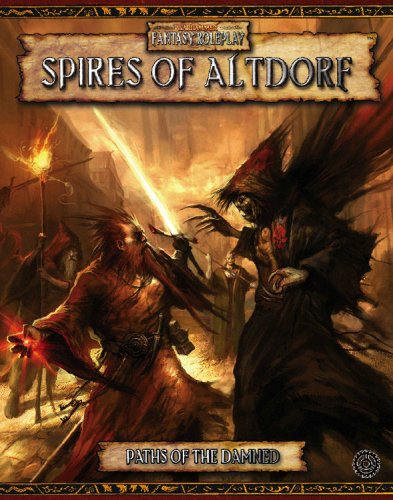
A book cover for Paths of the Damned: Spires of Altdorf (Warhammer Fantasy Roleplay); David Chart; Science Fiction & Fantasy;